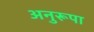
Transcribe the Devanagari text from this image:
अनुरूपा